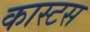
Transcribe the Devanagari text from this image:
कास्टस